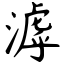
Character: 滹